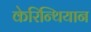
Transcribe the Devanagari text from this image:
केरिन्थियान